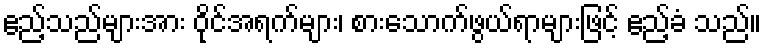
ဧည့်သည်များအား ဝိုင်အရက်များ၊ စားသောက်ဖွယ်ရာများဖြင့် ဧည့်ခံ သည်။